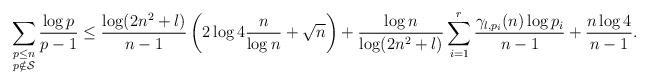
LaTeX: \begin{align*}\sum_{\substack{p\leq n\\ p\notin\mathcal{S}}}\dfrac{\log p}{p-1}\leq \dfrac{\log(2n^2+l)}{n-1}\left(2\log 4\dfrac{n}{\log n}+\sqrt{n}\right)+\dfrac{\log n}{\log(2n^2+l)}\sum_{i=1}^{r}\dfrac{\gamma_{l,p_i}(n)\log p_i}{n-1}+\dfrac{n\log 4}{n-1}.\end{align*}